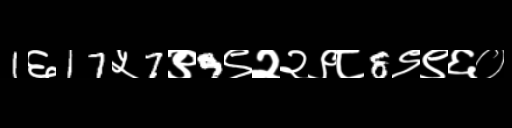
Text: 1६17५7९9९२२९८8९९६०